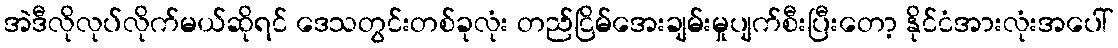
အဲဒီလိုလုပ်လိုက်မယ်ဆိုရင် ဒေသတွင်းတစ်ခုလုံး တည်ငြိမ်အေးချမ်းမှုပျက်စီးပြီးတော့ နိုင်ငံအားလုံးအပေါ်